Rangoon Lunatic Asylum 1878-1892 - 1878-1892
Year: 1878
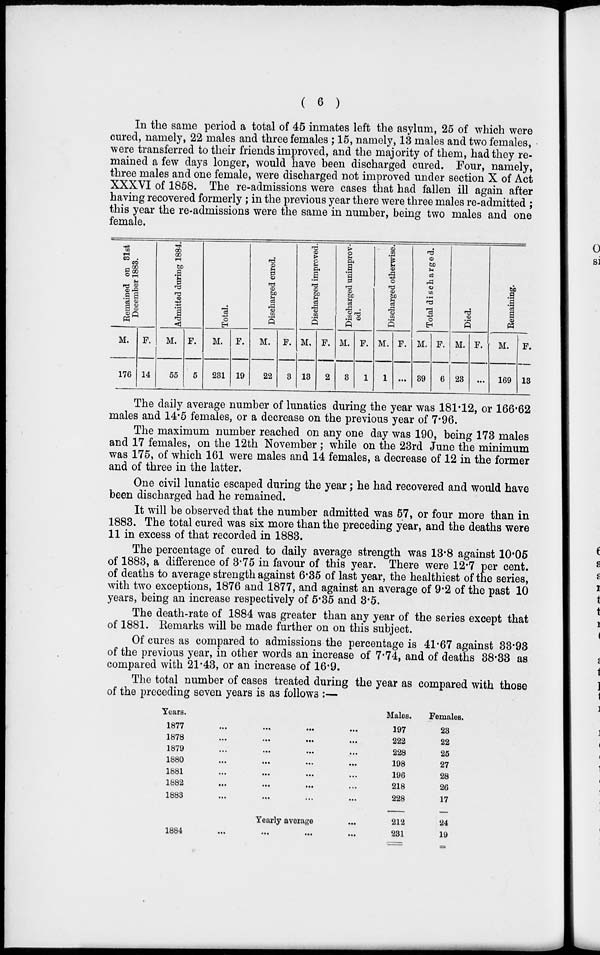
( 6 )
In the same period a total of 45 inmates left the asylum, 25 of which were
cured, namely, 22 males and three females ; 15, namely, 13 males and two females,
were transferred to their friends improved, and the majority of them, had they re-
mained a few days longer, would have been discharged cured. Four, namely,
three males and one female, were discharged not improved under section X of Act
XXXVI of 1858. The re-admissions were cases that had fallen ill again after
having recovered formerly ; in the previous year there were three males re-admitted ;
this year the re-admissions were the same in number, being two males and one
female.
Remained on 31st
December 1883.
M.
176
F.
14
Admitted during 1884.
M.
55
F.
5
Total.
M.
231
F.
19
Discharged cured.
M.
22
F.
3
Discharged improved.
M.
13
F.
2
Discharged unimprov-
ed.
M.
3
F.
1
Discharged otherwise.
M.
1
F.
...
Total discharged.
M.
39
F.
6
Died.
M.
23
F.
...
Remaining.
M.
169
F.
13
The daily average number of lunatics during the year was 181.12, or 166.62
males and 14.5 females, or a decrease on the previous year of 7.96.
The maximum number reached on any one day was 190, being 173 males
and 17 females, on the 12th November ; while on the 23rd June the minimum
was 175, of which 161 were males and 14 females, a decrease of 12 in the former
and of three in the latter.
One civil lunatic escaped during the year; he had recovered and would have
been discharged had he remained.
It will be observed that the number admitted was 57, or four more than in
1883. The total cured was six more than the preceding year, and the deaths were
11 in excess of that recorded in 1883.
The percentage of cured to daily average strength was 13.8 against 10.05
of 1883, a difference of 3.75 in favour of this year. There were 12.7 per cent.
of deaths to average strength against 6.35 of last year, the healthiest of the series,
with two exceptions, 1876 and 1877, and against an average of 9.2 of the past 10
years, being an increase respectively of 5.35 and 3.5.
The death-rate of 1884 was greater than any year of the series except that
of 1881. Remarks will be made further on on this subject.
Of cures as compared to admissions the percentage is 41.67 against 33.93
of the previous year, in other words an increase of 7.74, and of deaths 38.33 as
compared with 21.43, or an increase of 16.9.
The total number of cases treated during the year as compared with those
of the preceding seven years is as follows :—
Years.
1877
...
...
...
...
1878
...
...
...
...
1879 ... ... ... ...
1880
...
...
...
...
1881 ... ... ... ...
1882
...
...
...
...
1883
...
...
...
...
Yearly average ...
1884
...
...
...
...
Males.
197
222
228
198
196
218
228
212
231
Females.
23
22
25
27
28
26
17
24
19